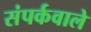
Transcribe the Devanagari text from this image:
संपर्कवाले